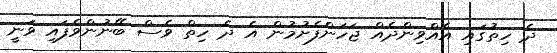
ދެ ހިތުގައި އެއްވިންދެއް ޖަހަންފެށުމުން އެ ދެ ހިތް ވެސް ބޭނުންވެފައި ވަނީ